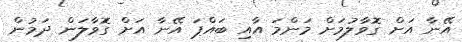
އޭނާ އަށް ގޮވާލުމަށް މަންމަ އާއި ބައްޕަ އޭނާ އަށް ގޮވާލަން ދަމުން